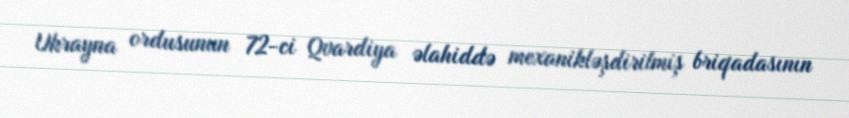
Ukrayna ordusunun 72-ci Qvardiya əlahiddə mexanikləşdirilmiş briqadasının